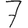
Digit: 7